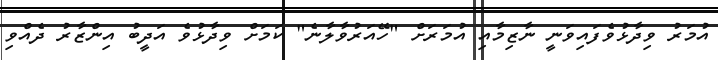
އުމަރު ވިދާޅުވެފައިވަނީ ނާޒިމާއި އުމަރަށް "ހޭއަރުވާލާނެ" ކަމަށް ވިދާޅުވެ އަދީބު އިންޒާރު ދެއްވި